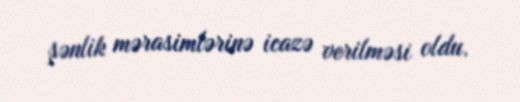
şənlik mərasimlərinə icazə verilməsi oldu.